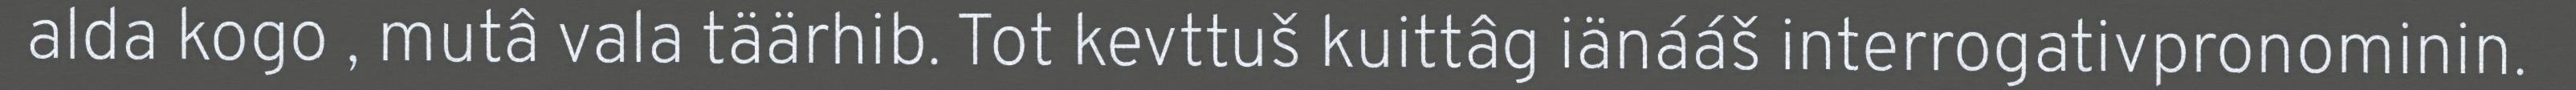
alda kogo , mutâ vala täärhib. Tot kevttuš kuittâg iänááš interrogativpronominin.